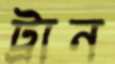
ট্রান